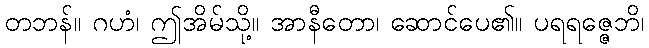
တဘန်။ ဂဟံ၊ ဤအိမ်သို့။ အာနီတော၊ ဆောင်ပေ၏။ ပရရဇ္ဇေဘိ၊